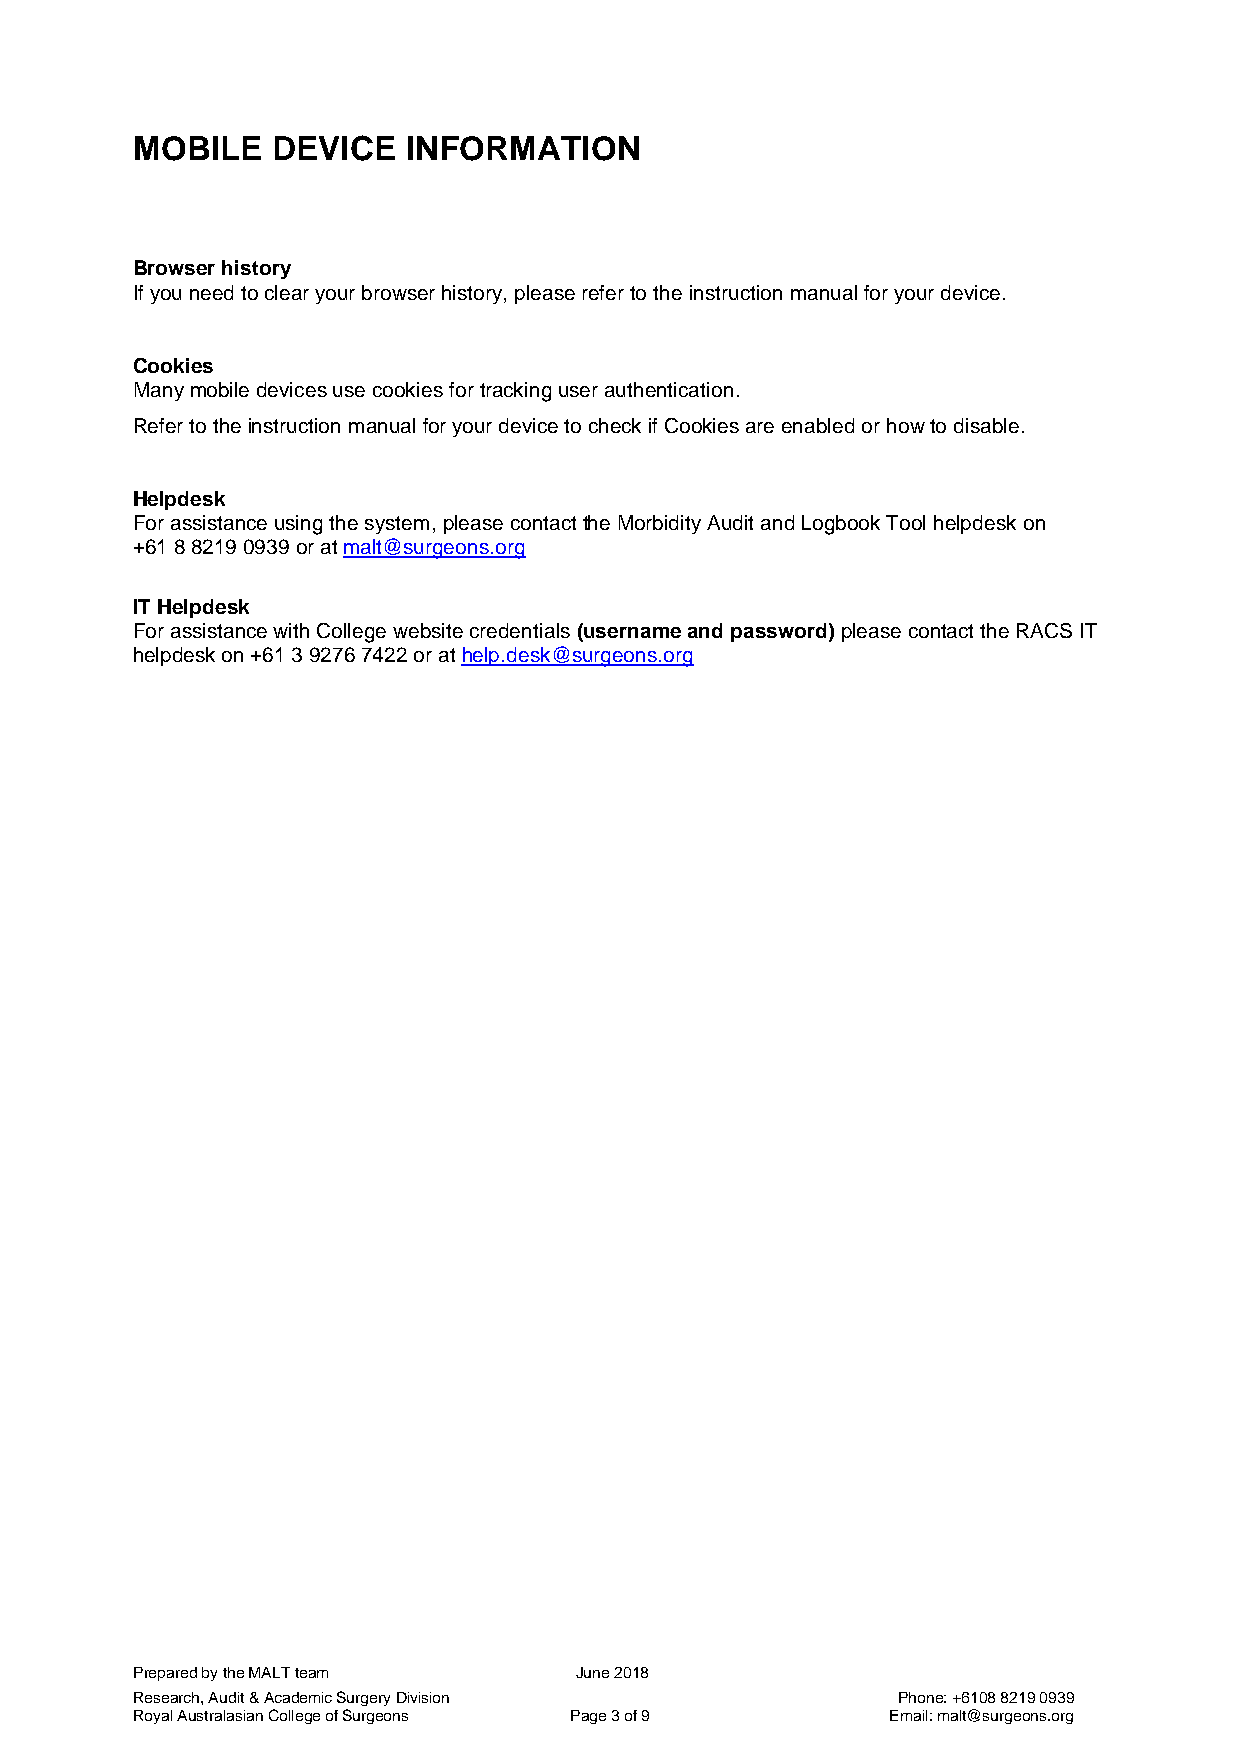
MOBILE   DEVICE   INFORMATION
 Browser history
 If you need to clear your browser history, please refer to the instruction manual for your device.
 Cookies
 Many mobile devices use cookies for tracking user authentication.
 Refer to the instruction manual for your device to check if Cookies are enabled or how to disable.
 Helpdesk
 For assistance using the system, please contact the Morbidity Audit and Logbook Tool helpdesk on
 +61 8 8219 0939 or at malt@surgeons.org
 IT Helpdesk
 For assistance with College website credentials (username and password) please contact the RACS IT
 helpdesk on +61 3 9276 7422 or at help.desk@surgeons.org
 Prepared by the MALT team    June 2018
 Research, Audit & Academic Surgery Division       Phone: +6108 8219 0939
 Royal Australasian College of Surgeons Page 3 of 9 Email: malt@surgeons.org